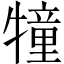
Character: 犝